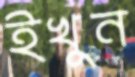
ইখুন